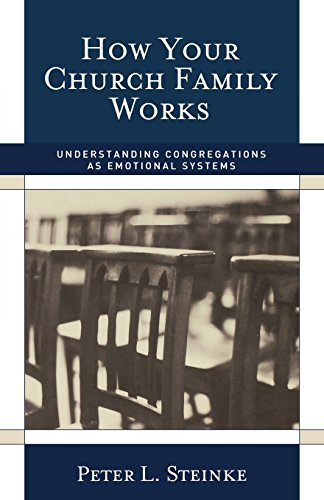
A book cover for How Your Church Family Works: Understanding Congregations as Emotional Systems; Peter L. Steinke; Christian Books & Bibles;